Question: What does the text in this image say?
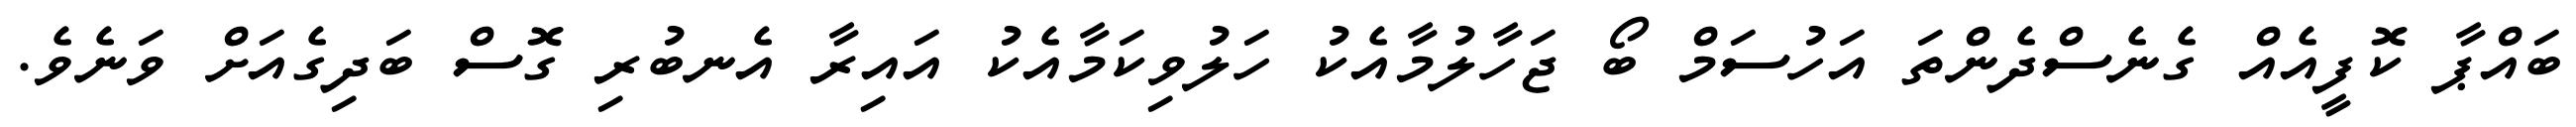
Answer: ބައްޕާ ކޮފީއެއް ގެނެސްދެންތަ އަހުސަމް ބޯ ޖަހާލުމާއެކު ހަލުވިކަމާއެކު އައިރާ އެނބުރި ގޮސް ބަދިގެއަށް ވަނެވެ.